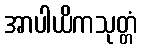
အာပါယိကသုတ္တံ